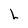
Character: h